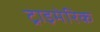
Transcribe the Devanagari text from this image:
ट्राइमेरिक